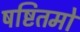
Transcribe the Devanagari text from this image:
षष्टितमो